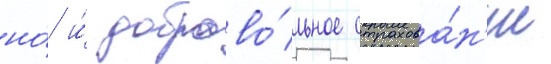
но́ и́ доброво́льное страхова́н'ие